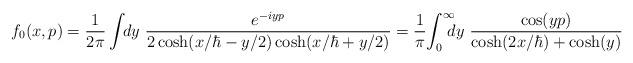
LaTeX: \begin{align*}f_0(x,p)={1\over 2\pi} \int\! \! dy ~ { e^{-iyp} \over 2 \cosh(x/\hbar - y / 2 )\cosh(x/\hbar + y/2) }= {1\over \pi}\! \int^{\infty}_0\! \! \! \! dy ~ {\cos(yp) \over \cosh(2x/\hbar )+\cosh(y) }\end{align*}